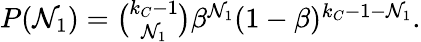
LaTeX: \begin{array}{r}{P(\mathcal{N}_{1})=\binom{k_{C}-1}{\mathcal{N}_{1}}\beta^{\mathcal{N}_{1}}(1-\beta)^{k_{C}-1-\mathcal{N}_{1}}.}\end{array}